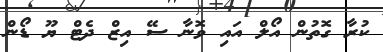
ކުރާ ގޮތުން އޯލް އައި ވޮނާ ސޭ އިޒް ދެޓް ޔޫ ޑޯން